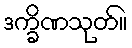
ဒက္ခိဏသုတ်။